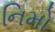
નિમો